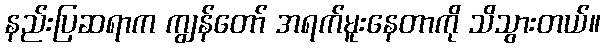
နည်းပြဆရာက ကျွန်တော် အရက်မူးနေတာကို သိသွားတယ်။